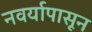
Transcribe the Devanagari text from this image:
नवर्यापासून